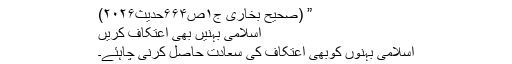
” (صحیح بُخاری ج۱ص۶۶۴حدیث۲۰۲۶)
اسلامی بہنیں بھی اعتکاف کریں
اِسلامی بَہنوں کوبھی اعتِکاف کی سعادت حاصِل کرنی چاہئے۔